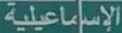
الإسماعيلية